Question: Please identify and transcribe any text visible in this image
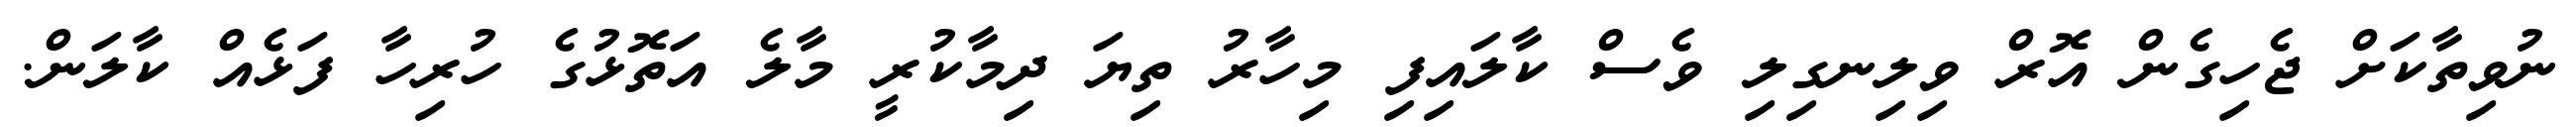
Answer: ނުވިތާކަށް ޖެހިގެން އޮރް ވިލިނގިލި ވެސް ކާލައިފި މިހާރު ތިޔަ ދިމާކުރީ މާލެ އަތޮޅުގެ ހުރިހާ ފަޅެއް ކާލަން.